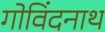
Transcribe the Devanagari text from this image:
गोविंदनाथ